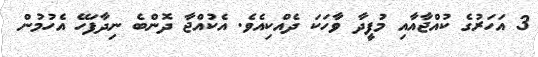
3 އަހަރުގެ ކުއްޖާއާއި މުފީދާ ވާހަކަ ދެއްކިއެވެ. އެކުއްޖާ ދޮންބެ ނިދާފަހޭ އެހުމުން